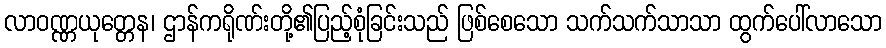
လာဝဏ္ဏယုတ္တေန၊ ဌာန်ကရိုဏ်းတို့၏ပြည့်စုံခြင်းသည် ဖြစ်စေသော သက်သက်သာသာ ထွက်ပေါ်လာသော